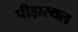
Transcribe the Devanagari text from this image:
पीड़ास्थल